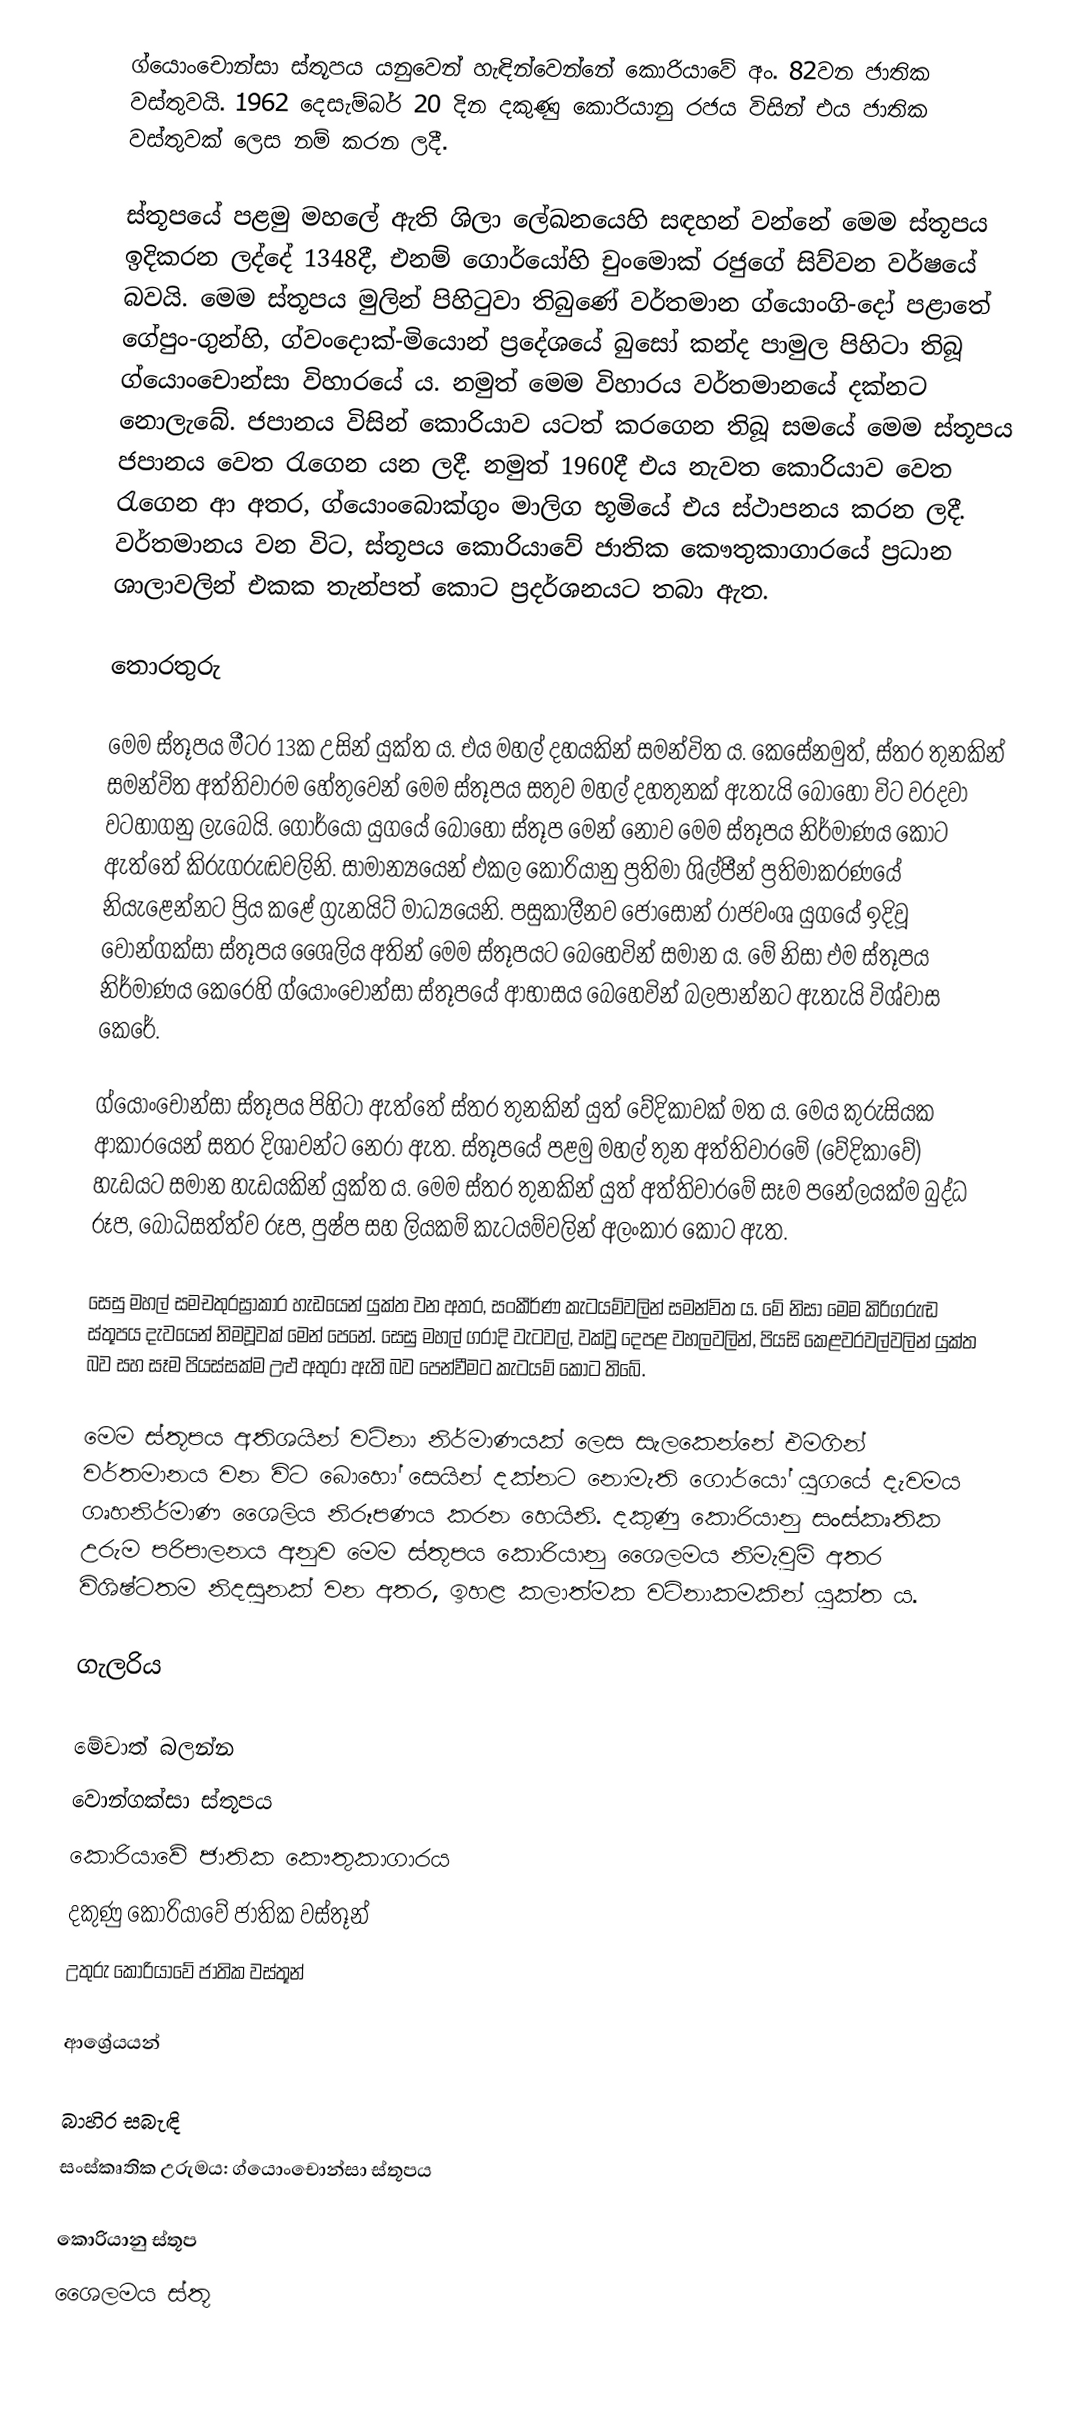
ග්යොංචොන්සා ස්තූපය යනුවෙන් හැඳින්වෙන්නේ කොරියාවේ අං. 82වන ජාතික වස්තුවයි. 1962 දෙසැම්බර් 20 දින දකුණු කොරියානු රජය විසින් එය ජාතික වස්තුවක් ලෙස නම් කරන ලදී.

ස්තූපයේ පළමු මහලේ ඇති ශිලා ලේඛනයෙහි සඳහන් වන්නේ මෙම ස්තූපය ඉදිකරන ලද්දේ 1348දී, එනම් ගොර්යෝහි චුංමොක් රජුගේ සිව්වන වර්ෂයේ බවයි. මෙම ස්තූපය මුලින් පිහිටුවා තිබුණේ වර්තමාන ග්යොංගි-දෝ පළාතේ ගේපුං-ගුන්හි, ග්වංදොක්-මියොන් ප්‍රදේශයේ බුසෝ කන්ද පාමුල පිහිටා තිබූ ග්යොං‍‍චොන්සා විහාරයේ ය. නමුත් මෙම විහාරය වර්තමානයේ දක්නට නොලැබේ. ජපානය විසින් කොරියාව යටත් කරගෙන තිබූ සමයේ මෙම ස්තූපය ජපානය වෙත රැගෙන යන ලදී. නමුත් 1960දී එය නැවත කොරියාව වෙත රැගෙන ආ අතර, ග්යොංබොක්ගුං මාලිග භූමියේ එය ස්ථාපනය කරන ලදී. වර්තමානය වන විට, ස්තූපය කොරියාවේ ජාතික කෞතුකාගාරයේ ප්‍රධාන ශාලාවලින් එකක තැන්පත් කොට ප්‍රදර්ශනයට තබා ඇත.

තොරතුරු

මෙම ස්තූපය මීටර 13ක උසින් යුක්ත ය. එය මහල් දහයකින් සමන්විත ය. කෙසේනමුත්, ස්තර තුනකින් සමන්විත අත්තිවාරම හේතුවෙන් මෙම ස්තූපය සතුව මහල් දහතුනක් ඇතැයි බොහෝ විට වරදවා වටහාගනු ලැබෙයි. ගොර්යෝ යුගයේ බොහෝ ස්තූප මෙන් නොව මෙම ස්තූපය නිර්මාණය කොට ඇත්තේ කිරුගරුඬවලිනි. සාමාන්‍යයෙන් එකල කොරියානු ප්‍රතිමා ශිල්පීන් ප්‍රතිමාකරණයේ නියැළෙන්නට ප්‍රිය කළේ ග්‍රැනයිට් මාධ්‍යයෙනි. පසුකාලීනව ජොසොන් රාජවංශ යුගයේ ඉදිවූ වොන්ගක්සා ස්තූපය ශෛලිය අතින් මෙම ස්තූපයට බෙහෙවින් සමාන ය. මේ නිසා එම ස්තූපය නිර්මාණය කෙරෙහි ග්යොංචොන්සා ස්තූපයේ ආභාසය බෙහෙවින් බලපාන්නට ඇතැයි විශ්වාස කෙරේ.

ග්යොංචොන්සා ස්තූපය පිහිටා ඇත්තේ ස්තර තුනකින් යුත් වේදිකාවක් මත ය. මෙය කුරුසියක ආකාරයෙන් සතර දිශාවන්ට නෙරා ඇත. ස්තූපයේ පළමු මහල් තුන අත්තිවාරමේ (වේදිකාවේ) හැඩයට සමාන හැඩයකින් යුක්ත ය. මෙම ස්තර තුනකින් යුත් අත්තිවාරමේ සෑම පනේලයක්ම බුද්ධ රූප, බෝධිසත්ත්ව රූප, පුෂ්ප සහ ලියකම් කැටයම්වලින් අලංකාර කොට ඇත.

සෙසු මහල් සමචතුරස්‍රාකාර හැඩයෙන් යුක්ත වන අතර, සංකීර්ණ කැටයම්වලින් සමන්විත ය. මේ නිසා මෙම කිරිගරුඬ ස්තූපය දැවයෙන් නිමවූවක් මෙන් පෙනේ. සෙසු මහල් ගරාදි වැටවල්, වක්වූ දෙපළ වහලවලින්, පියසි කෙළවරවල්වලින් යුක්ත බව සහ සෑම පියස්සක්ම උළු අතුරා ඇති බව පෙන්වීමට කැටයම් කොට තිබේ.

මෙම ස්තූපය අතිශයින් වටිනා නිර්මාණයක් ලෙස සැලකෙන්නේ එමගින් වර්තමානය වන විට බොහෝ සෙයින් දක්නට නොමැති ගොර්යෝ යුගයේ දැවමය ගෘහනිර්මාණ ශෛලිය නිරූපණය කරන හෙයිනි. දකුණු කොරියානු සංස්කෘතික උරුම පරිපාලනය අනුව මෙම ස්තූපය කොරියානු ශෛලමය නිමැවුම් අතර විශිෂ්ටතම නිදසුනක් වන අතර, ඉහළ කලාත්මක වටිනාකමකින් යුක්ත ය.

ගැලරිය

මේවාත් බලන්න
 වොන්ගක්සා ස්තූපය
 කොරියාවේ ජාතික කෞතුකාගාරය
 දකුණු කොරියාවේ ජාතික වස්තූන්
 උතුරු කොරියාවේ ජාතික වස්තූන්

ආශ්‍රේයයන්

බාහිර සබැඳි
 සංස්කෘතික උරුමය: ග්යොංචොන්සා ස්තූපය

කොරියානු ස්තූප
ශෛලමය ස්තූ